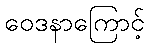
ဝေဒနာကြောင့်